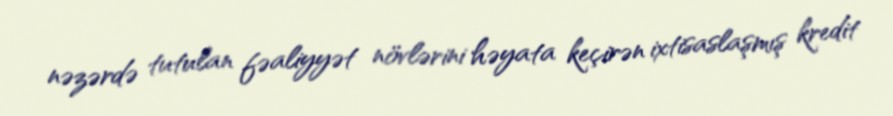
nəzərdə tutulan fəaliyyət növlərini həyata keçirən ixtisaslaşmış kredit